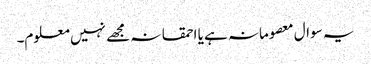
یہ سوال معصومانہ ہے یا احمقانہ مجھے نہیں معلوم۔